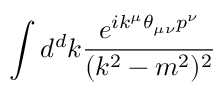
\int { d ^ { d } k \frac { e ^ { i k ^ { \mu } \theta _ { \mu \nu } p ^ { \nu } } } { ( k ^ { 2 } - m ^ { 2 } ) ^ { 2 } } }